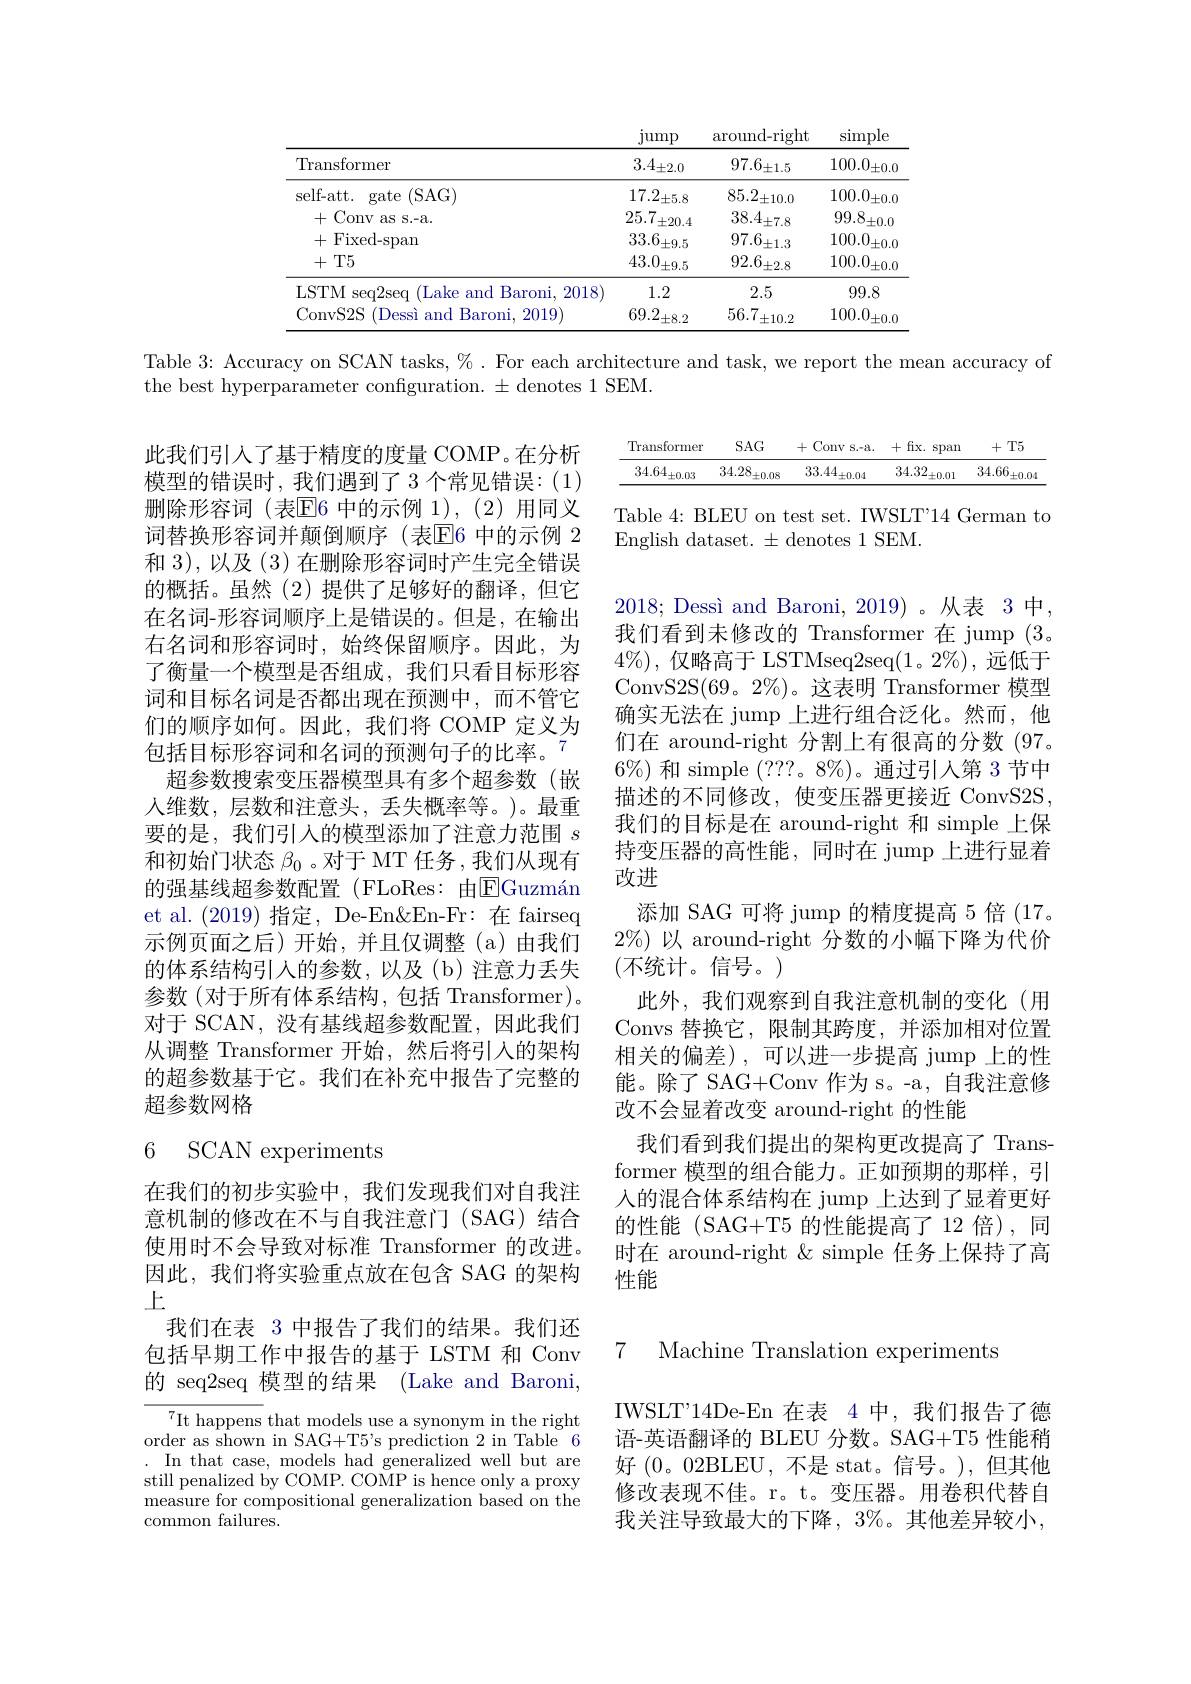
<table>
	<tbody>
		<tr>
			<th> </th>
			<th>$\operatorname*{jump}$</th>
			<th>around-right</th>
			<th>simple</th>
		</tr>
		<tr>
			<td>Transformer</td>
			<td>$3.4_{\pm2.0}$</td>
			<td>$97.6_{\pm1.5}$</td>
			<td>$100.0_{\pm0.0}$</td>
		</tr>
		<tr>
			<td>self- att. gate ( SAG) </td>
			<td>17.2. $\pm5.8$</td>
			<td>$85.2_{\pm10.0}$</td>
			<td>$100.0_{\pm0.0}$</td>
		</tr>
		<tr>
			<td>+Conv as s.-a.</td>
			<td>25.7 $\pm20.4$</td>
			<td>$38.4_{\pm7.8}$</td>
			<td>99.8. $\delta_{\pm0.0}$</td>
		</tr>
		<tr>
			<td>+T5</td>
			<td>$43.0_{\pm9.5}$</td>
			<td>$92.6_{\pm2.8}$</td>
			<td>$100.0_{\pm0.0}$</td>
		</tr>
		<tr>
			<td>LSTM seq2seq (Lake and Baroni, 2018)</td>
			<td>1.2</td>
			<td>2.5</td>
			<td>99.8</td>
		</tr>
		<tr>
			<td>ConvS2S (Dessì and Baroni, 2019 </td>
			<td>69.2 $\pm8.2$</td>
			<td>56.7 $\pm10.2$</td>
			<td>100.0 $\pm0.C$</td>
		</tr>
	</tbody>
</table>

Table 3: Accuracy on SCAN tasks, % . For each architecture and task, we report the mean accuracy of

the best hyperparameter configuration. $\pm$denotes 1 SEM.

<table>
	<tbody>
		<tr>
			<th>Transformer</th>
			<th>$SAG$</th>
			<th>Conv s.-a. +</th>
			<th>fix. span + </th>
			<th>$T5$ + ·</th>
		</tr>
		<tr>
			<td>34.64. $\pm0.03$</td>
			<td>34.28 $\pm0.08$</td>
			<td>33.44. $:\pm0.04$</td>
			<td>34.32 $\vdots_{\pm0.01}$</td>
			<td>34.66 $^{\prime}\pm0.04$</td>
		</tr>
	</tbody>
</table>

Table 4: BLEU on test set. IWSLT'14 German to
English dataset. $\pm$denotes 1 SEM.

此我们引入了基于精度的度量 COMP。在分析模型的错误时，我们遇到了 3 个常见错误：(1) 删除形容词(表$\overline{\mathrm{E}}$6 中的示例 1),(2)用同义词替换形容词并颠倒顺序(表$\overline{\mathrm{E}}$6 中的示例 2和 3), 以及 (3) 在删除形容词时产生完全错误的概括。虽然(2)提供了足够好的翻译，但它在名词-形容词顺序上是错误的。但是，在输出右名词和形容词时，始终保留顺序。因此，为了衡量一个模型是否组成，我们只看目标形容词和目标名词是否都出现在预测中，而不管它们的顺序如何。因此，我们将 COMP 定义为包括目标形容词和名词的预测句子的比率。$^{7}$ 超参数搜索变压器模型具有多个超参数(嵌
人维数，层数和注意头，丢失概率等。)。最重要的是，我们引人的模型添加了注意力范围$s$ 和初始门状态$\beta_0$ 。对于 MT 任务 , 我们从现有的强基线超参数配置(FLoRes:由$\boxed{\mathrm{E} }\text{Guzm\'{a} n}$ et al.(2019) 指定，De-En&En-Fr:在 fairseq 示例页面之后)开始，并且仅调整(a)由我们的体系结构引人的参数，以及(b)注意力丢失参数(对于所有体系结构，包括 Transformer)。对于 SCAN, 没有基线超参数配置，因此我们从调整 Transformer 开始，然后将引入的架构的超参数基于它。我们在补充中报告了完整的超参数网格

2018; Dessì and Baroni, 2019)。从表 3中， 我们看到未修改的 Transformer 在 jump (3。$4\%)$,仅略高于 LSTMseq2seq(1。2%),远低于ConvS2S(69。2%)。这表明 Transformer 模型确实无法在 jump 上进行组合泛化。然而，他们在 around-right 分割上有很高的分数(97。$6\%)$和 simple $(???。8\%)$。通过引人第 3 节中描述的不同修改，使变压器更接近 ConvS2S, 我们的目标是在 around-right 和 simple 上保持变压器的高性能，同时在 jump 上进行显着改进
添加 SAG 可将 jump 的精度提高 5 倍 (17。$2\%)$以 around-right 分数的小幅下降为代价(不统计。信号。)
此外，我们观察到自我注意机制的变化(用Convs 替换它，限制其跨度，并添加相对位置相关的偏差),可以进一步提高 jump 上的性能。除了 SAG+Conv 作为 s。-a, 自我注意修改不会显着改变 around-right 的性能
我们看到我们提出的架构更改提高了 Transformer 模型的组合能力。正如预期的那样，引人的混合体系结构在 jump 上达到了显着更好的性能 (SAG+T5 的性能提高了 12 倍),同时在 around-right & simple 任务上保持了高性能

### 6 SCAN experiments

在我们的初步实验中，我们发现我们对自我注意机制的修改在不与自我注意门(SAG)结合使用时不会导致对标准 Transformer 的改进。因此，我们将实验重点放在包含 SAG 的架构上
我们在表 3 中报告了我们的结果。我们还包括早期工作中报告的基于 LSTM 和 Conv 的 seq2seq 模型的结果 (Lake and Baroni,

7 Machine Translation experiments

IWSLT'14De-En 在表 4 中，我们报告了德语-英语翻译的 BLEU 分数。SAG+T5 性能稍好(0。02BLEU,不是 stat。信号。),但其他修改表现不佳。r。t。变压器。用卷积代替自我关注导致最大的下降，3%。其他差异较小，

$\underset{{\mathrm{It~happens~that~models~use~a~synonym~in~the~right}}}{\operatorname*{\operatorname*{T}}}_{{\mathrm{It~happens~that~models~use~a~synonym~in~the~right}}}_{{\mathrm{It~at~at~at~at~a~s~a~s~ynonym~in~the~right}}}_{{\mathrm{It~at~at~at~a~t~a~s~a~s~a~s~ynonym~in~the~right}}}_{{\mathrm{It~at~at~at~a~t~a~t~a~s~a$ order as shown in SAG+T5's prediction 2 in Table 6 . In that case, models had generalized well but are still penalized by COMP. COMP is hence only a proxy measure for compositional generalization based on the common failures.